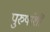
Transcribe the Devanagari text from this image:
पुरुषांशीं